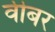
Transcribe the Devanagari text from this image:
वीबर